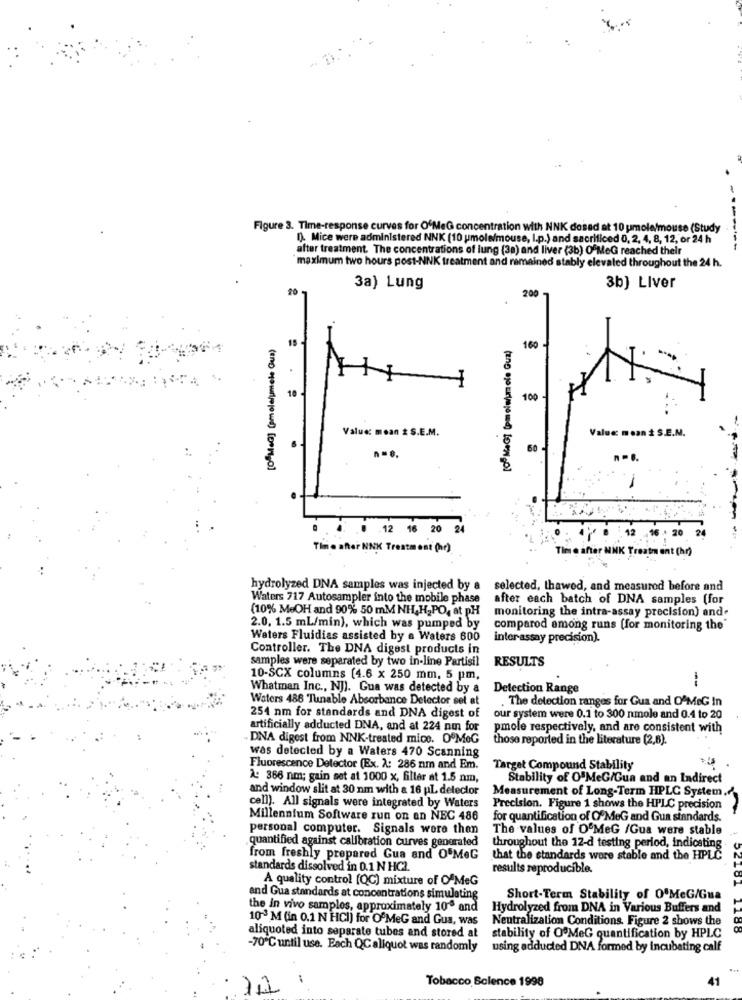
Figure 3. Time-response curves for O'MeG concentration with NNK dosad at 10 pmole/mouse (Study
1). Mice were administered NNK (10 umole/mouse, I.p.) and sacrificed 0, 2, 4, 8, 12, or 24 h
after treatment. The concentrations of lung (3a) and liver (3b) OfMeG reached thelr
maximum two hours post-NNK treatment and remained stably elevated throughout the 24 h.
3a) Lung
3b] Liver
200-
15
160 -
10
100
Value: mean # S.E.M.
Value: mean # S.E.N.
60
6 . 4 . 12 16 20 24
Timie after NNK Treatment (hr)
Tim e after NNK
ent (hr)
hydrolyzed DNA samples was injected by a selected, thawed, and measured before and
Waters 717 Autosampler into the mobile phase
after each batch of DNA samples (for
(10% MeOH and 90% 50 mM NH,H, PO, at pH
monitoring the intra-assay precision) and.
2.0. 1.5 mL/min), which was pumped by
comparod among runs (for monitoring the'
Waters Fluidias assisted by a Waters 600
inter assay precision).
Controller. The DNA digest products in
samples were separated by two in-line Partisil
RESULTS
10-SCX columns [4.6 x 250 mm, 5 pm,
-
Whatman Inc ., NJ). Gua was detected by a
Detection Range
Waters 486 Tunable Absorbance Detector set at
The detection ranges for Gua and O'MeG In
254 nm for standards and DNA digest of
our system were 0.1 to 300 nmole and 0.4 to 20
artificially adducted DNA, and at 224 nm for
pmole respectively, and are consistent with
DNA digest from NNK-treated mice. O'MoG
those reported in the literature (2,6).
was detected by a Waters 470 Scanning
Fluorescence Detector (Ex. A: 286 nm and Em.
Target Compound Stability
À: 366 nm; gain set at 1000 x, filler at 1.5 nm,
Stability of OFMeG/Gua and an Indirect
and window slit at 30 nm with a 16 pl deleclor
Measurement of Long-Term HPLC System,
cell). All signals were integrated by Waters
Precision. Figure 1 shows the HPLC precision
Millennium Software run on an NEC 486
for quantification of O'MeG and Gua standards.
personal computer. Signals were then
The values of O'MeG /Gua were stable
quantified against calibration curves generated
throughout the 12-d testing period, indicating
from freshly prepared Gua and O'MeG
that the standards wore stable and the HPLČ
standards dissolved in 0.1 N HC2.
results reproducible.
A quality control [QC) mixture of OfMeG
and Gua standards at concentrations simulating
Short-Term Stability of 0ºMeG/Gua
the in vivo samples, approximately 10" and
Hydrolyzed from DNA in Various Buffers and
10"3 M (in 0.1 N HCI) for OfMeG and Gua, was
Neutralization Conditions. Figure 2 shows the
aliquoted into separate tubes and stored at stability of O'MeG quantification by HPLC
-70℃ until use. Each QCaliquot was randomly using adducted DNA formed by incubating calf
:
Tobacco Science 1998